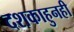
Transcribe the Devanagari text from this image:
दशकाहुनही